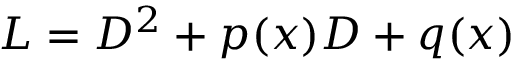
L = D ^ { 2 } + p ( x ) D + q ( x )